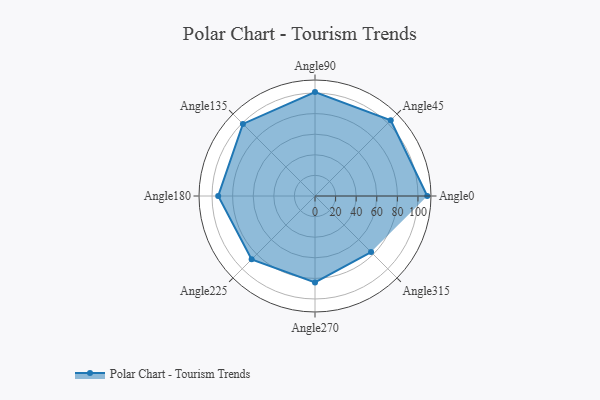
{"axis": {"x": "Angle", "y": "Radius"}, "legend": [""], "data": [{"x": "Angle0", "y": 109.0, "type": ""}, {"x": "Angle45", "y": 104.0, "type": ""}, {"x": "Angle90", "y": 101.0, "type": ""}, {"x": "Angle135", "y": 99.0, "type": ""}, {"x": "Angle180", "y": 94.0, "type": ""}, {"x": "Angle225", "y": 87.0, "type": ""}, {"x": "Angle270", "y": 84.0, "type": ""}, {"x": "Angle315", "y": 77.0, "type": ""}]}